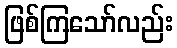
ဖြစ်ကြသော်လည်း